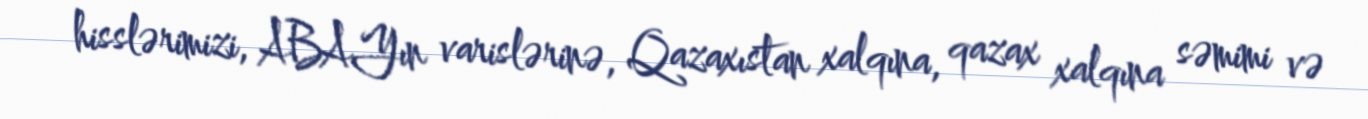
hisslərimizi, ABAYın varislərinə, Qazaxıstan xalqına, qazax xalqına səmimi və